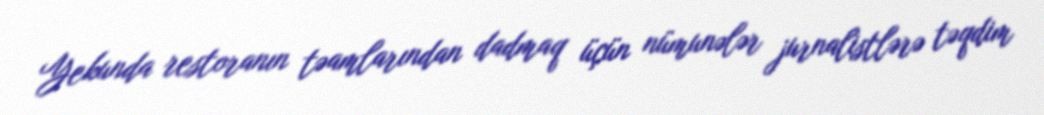
Yekunda restoranın təamlarından dadmaq üçün nümunələr jurnalistlərə təqdim